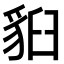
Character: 𧳈